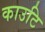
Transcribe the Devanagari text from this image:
काउटि